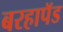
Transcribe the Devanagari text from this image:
बरहापॅड